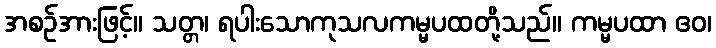
အစဉ်အားဖြင့်။ သတ္တ၊ ရပါးသောကုသလကမ္မပထတို့သည်။ ကမ္မပထာ ဧဝ၊